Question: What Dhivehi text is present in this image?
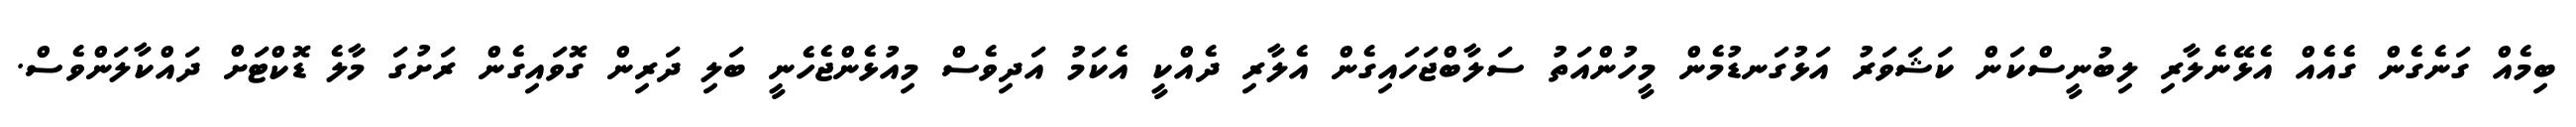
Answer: ބިމެއް ގަނެގެން ގެއެއް އެޅޭނެލާރި ލިބުނީސްކަން ކަޝަވަރު އަޅުގަނޑުމެން މީހުންއަތު ސަލާބްޖަހައިގެން އެލާރި ދެއްކީ އެކަމު އަދިވެސް މިއުޅެންޖެހެނީ ބަލި ދަރިން ގޮވައިގެން ރަށުގަ މާލެ ޑޮކްޓަށް ދައްކާލަންވެސް.